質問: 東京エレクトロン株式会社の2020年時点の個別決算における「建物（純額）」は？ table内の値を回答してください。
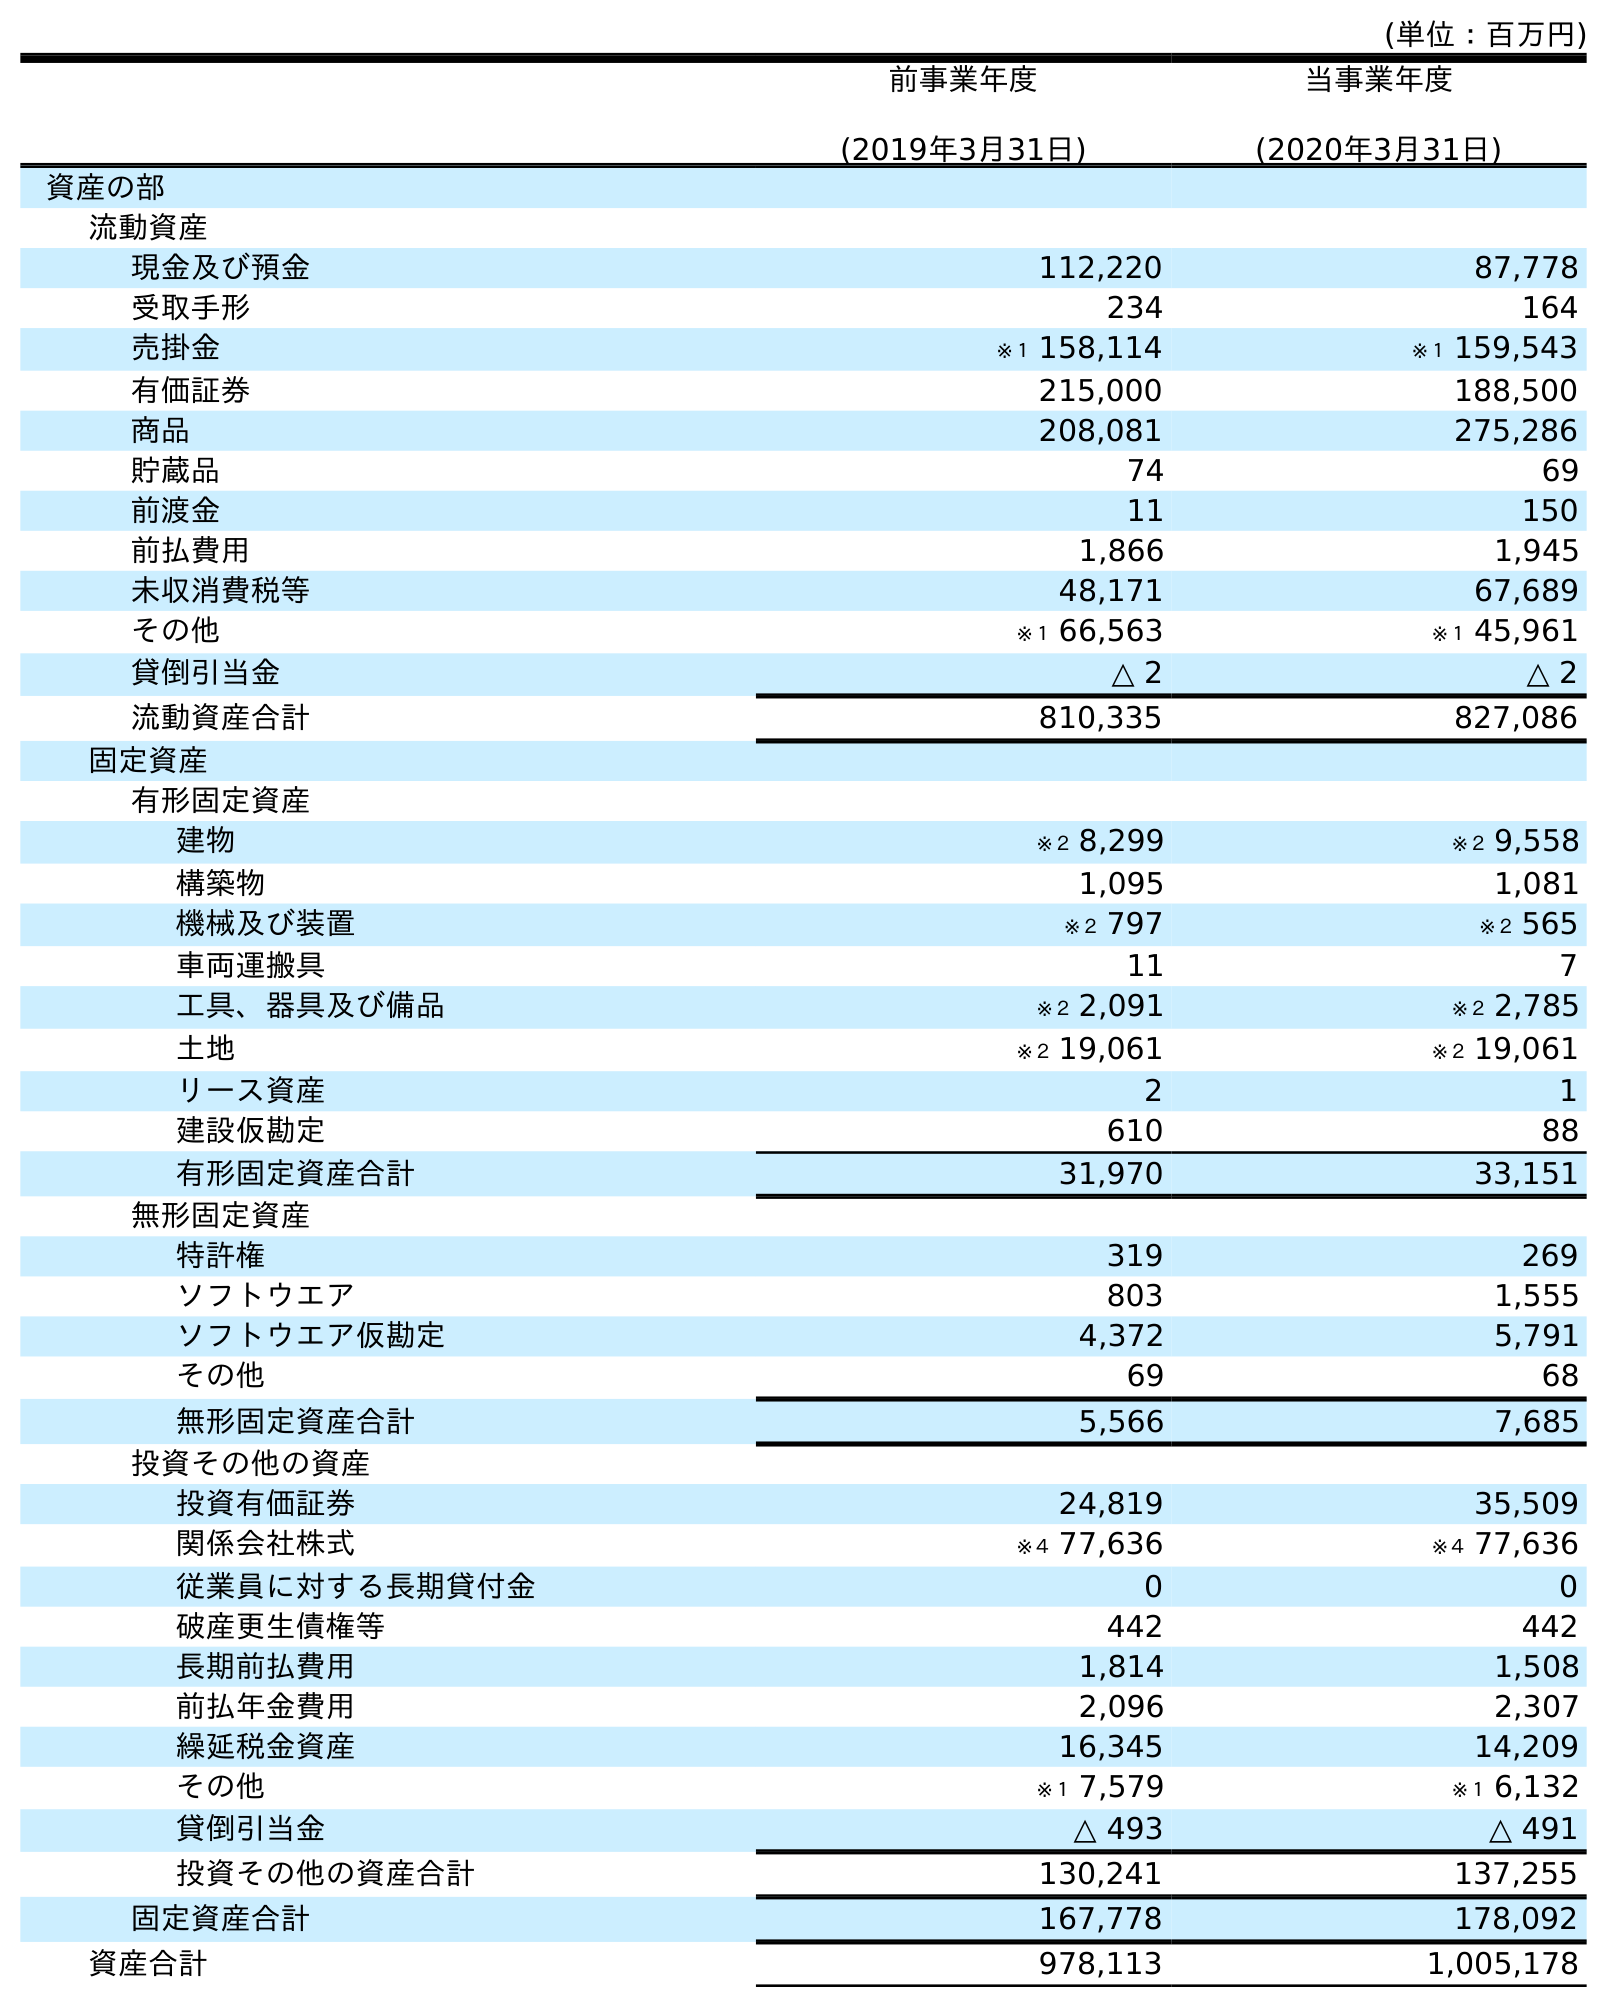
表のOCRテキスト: (単位：百万円) 前事業年度 (2019年3月31日) 当事業年度 (2020年3月31日) 資産の部 流動資産 現金及び預金 112,220 87,778 受取手形 234 164 売掛金 ※１ 158,114 ※１ 159,543 有価証券 215,000 188,500 商品 208,081 275,286 貯蔵品 74 69 前渡金 11 150 前払費用 1,866 1,945 未収消費税等 48,171 67,689 その他 ※１ 66,563 ※１ 45,961 貸倒引当金 △ 2 △ 2 流動資産合計 810,335 827,086 固定資産 有形固定資産 建物 ※２ 8,299 ※２ 9,558 構築物 1,095 1,081 機械及び装置 ※２ 797 ※２ 565 車両運搬具 11 7 工具、器具及び備品 ※２ 2,091 ※２ 2,785 土地 ※２ 19,061 ※２ 19,061 リース資産 2 1 建設仮勘定 610 88 有形固定資産合計 31,970 33,151 無形固定資産 特許権 319 269 ソフトウエア 803 1,555 ソフトウエア仮勘定 4,372 5,791 その他 69 68 無形固定資産合計 5,566 7,685 投資その他の資産 投資有価証券 24,819 35,509 関係会社株式 ※４ 77,636 ※４ 77,636 従業員に対する長期貸付金 0 0 破産更生債権等 442 442 長期前払費用 1,814 1,508 前払年金費用 2,096 2,307 繰延税金資産 16,345 14,209 その他 ※１ 7,579 ※１ 6,132 貸倒引当金 △ 493 △ 491 投資その他の資産合計 130,241 137,255 固定資産合計 167,778 178,092 資産合計 978,113 1,005,178
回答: ※２9,558